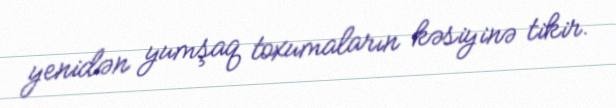
yenidən yumşaq toxumaların kəsiyinə tikir.